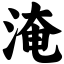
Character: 淹